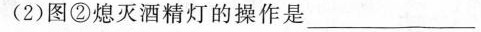
(2)图②熄灭酒精灯的操作是___